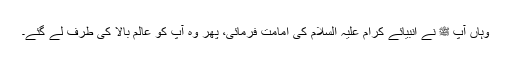
وہاں آپ ﷺ نے انبیائے کرام علیہ السلام کی امامت فرمائی، پھر وہ آپؐ کو عالم بالا کی طرف لے گئے۔